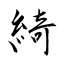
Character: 綺